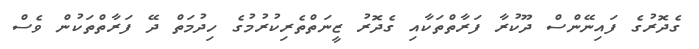
ގެދޮރުގެ ފައިނޭންސް ދޫކުރާ ފަރާތްތަކާއި ގެދޮރު ޒީނަތްތެރިކުރުމުގެ ހިދުމަތް ދޭ ފަރާތްތަކުން ވެސް